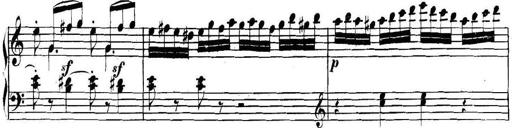
Title: Collected Piano Sonatas
Composer: Muzio Clementi